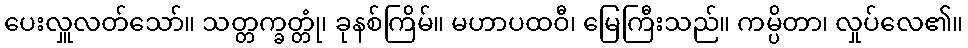
ပေးလှူလတ်သော်။ သတ္တက္ခတ္တုံ၊ ခုနစ်ကြိမ်။ မဟာပထဝီ၊ မြေကြီးသည်။ ကမ္ပိတာ၊ လှုပ်လေ၏။